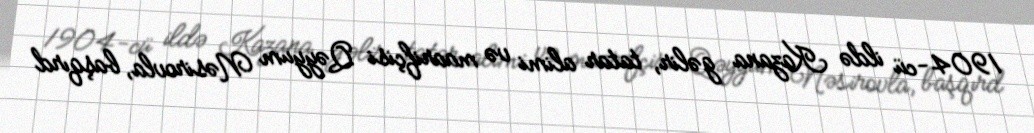
1904-cü ildə Kazana gəlir, tatar alimi və maarifçisi Qəyyum Nəsirovla, başqırd